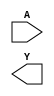
module sky130_fd_sc_hd__clkinv (
    //# {{data|Data Signals}}
    input  A,
    output Y
);

    // Voltage supply signals
    supply1 VPWR;
    supply0 VGND;
    supply1 VPB ;
    supply0 VNB ;

endmodule